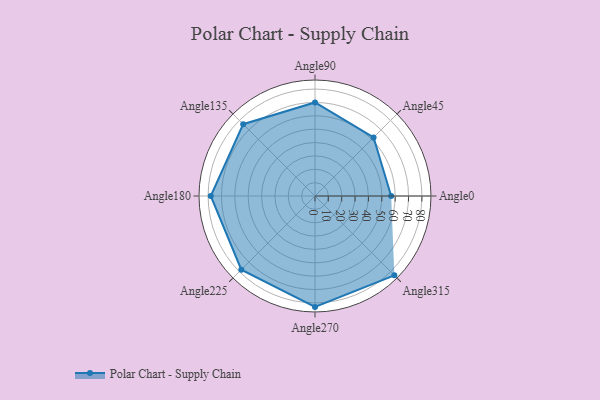
{"axis": {"x": "Angle", "y": "Radius"}, "legend": [""], "data": [{"x": "Angle0", "y": 57.0, "type": ""}, {"x": "Angle45", "y": 62.0, "type": ""}, {"x": "Angle90", "y": 70.0, "type": ""}, {"x": "Angle135", "y": 76.0, "type": ""}, {"x": "Angle180", "y": 78.0, "type": ""}, {"x": "Angle225", "y": 78.0, "type": ""}, {"x": "Angle270", "y": 83.0, "type": ""}, {"x": "Angle315", "y": 84.0, "type": ""}]}